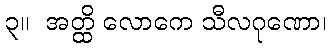
၃။  အတ္ထိ လောကေ သီလဂုဏော၊